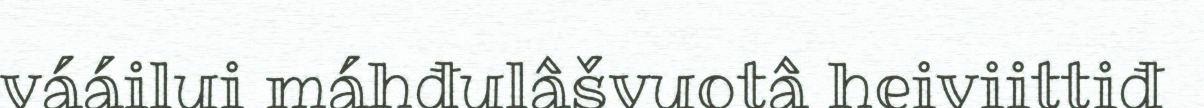
vááilui máhđulâšvuotâ heiviittiđ